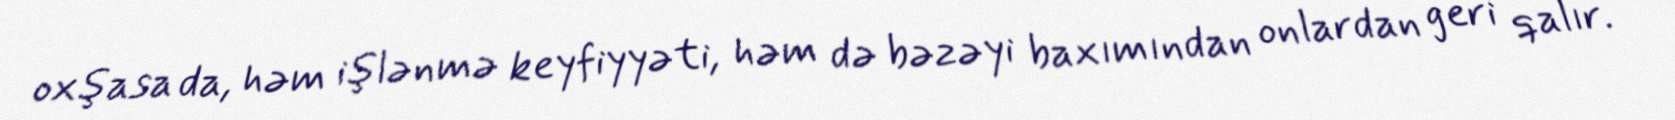
oxşasa da, həm işlənmə keyfiyyəti, həm də bəzəyi baxımından onlardan geri qalır.